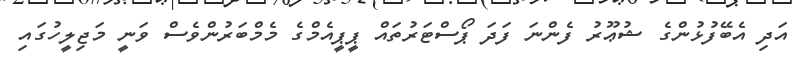
އަދި އެބޭފުޅުންގެ ޝުޢޫރު ފެންނަ ފަދަ ޕޯސްޓަރުތައް ޕީޕީއެމްގެ މެމްބަރުންވެސް ވަނީ މަޖިލީހުގައި